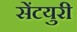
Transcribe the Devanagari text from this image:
सेंटयुरी